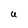
Character: U